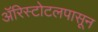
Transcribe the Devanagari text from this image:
ॲरिस्टोटलपासून